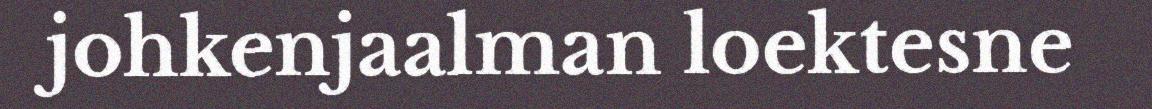
johkenjaalman loektesne